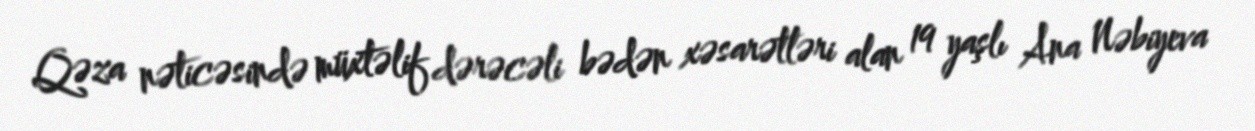
Qəza nəticəsində müxtəlif dərəcəli bədən xəsarətləri alan 19 yaşlı Ana Nəbiyeva